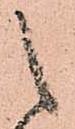
之